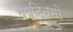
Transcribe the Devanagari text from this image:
षष्टितमो